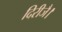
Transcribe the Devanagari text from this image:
दिरीजै।